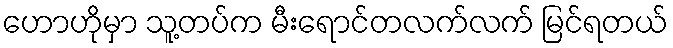
ဟောဟိုမှာ သူ့တပ်က မီးရောင်တလက်လက် မြင်ရတယ်